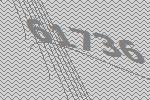
61736